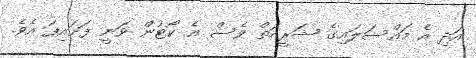
އަދި އެ މައްސަލައިގެ ޝަރީއަތް ވެސް އެ ކޯޓުން ވަނީ ފަށައިފަ އެވެ.